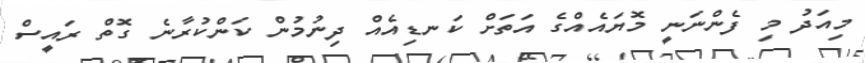
މިއަދު މި ފެންނަނީ މޮޔައެއްގެ އަތަށް ކަނޑިއެއް ދިނުމުން ކަންކުރާނެ ގޮތް ރައީސް